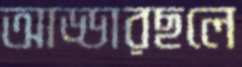
আড্ডারছলে